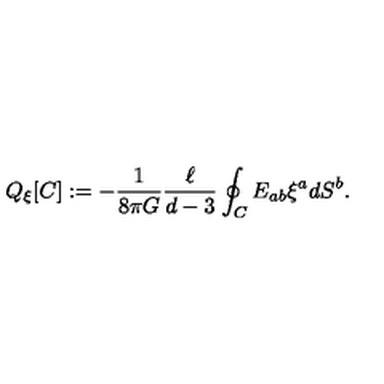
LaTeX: Q _ { \xi } [ C ] : = - \frac { 1 } { 8 \pi G } \frac { \ell } { d - 3 } \oint _ { C } E _ { a b } \xi ^ { a } d S ^ { b } .